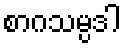
စာဂသမ္ပဒါ